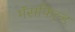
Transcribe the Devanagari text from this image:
मॅसफिल्ड